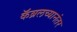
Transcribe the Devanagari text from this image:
कॅब्रलच्यानंतर